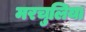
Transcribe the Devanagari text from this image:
मरचुलिया